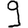
Digit: 9